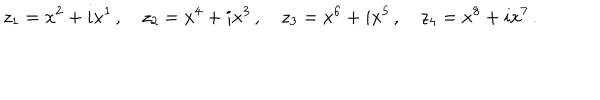
LaTeX: z _ { 1 } = x ^ { 2 } + i x ^ { 1 } \, , \quad z _ { 2 } = x ^ { 4 } + i x ^ { 3 } \, , \quad z _ { 3 } = x ^ { 6 } + i x ^ { 5 } \, , \quad z _ { 4 } = x ^ { 8 } + i x ^ { 7 } \, .